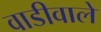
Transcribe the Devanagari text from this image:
वाडीवाले